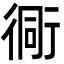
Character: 衕